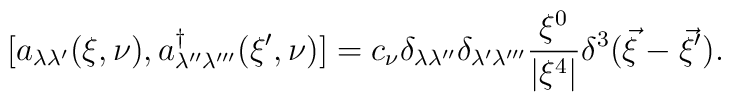
[a_{\lambda\lambda'}(\xi,\nu),a_{\lambda''\lambda'''}^{\dag}(\xi',\nu)]=c_{\nu}\delta_{\lambda\lambda''}\delta_{\lambda'\lambda'''}\frac{\xi^0}{|\xi^4|}\delta^3(\vec\xi-\vec\xi').